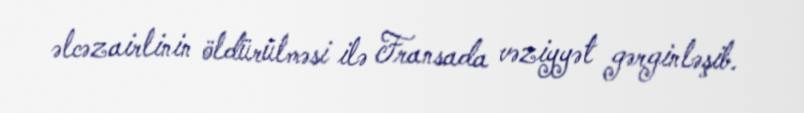
əlcəzairlinin öldürülməsi ilə Fransada vəziyyət gərginləşib.